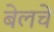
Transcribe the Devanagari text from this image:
बेलचे